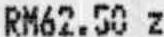
RM62.50 Z